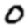
Digit: 0